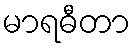
မာရဓီတာ